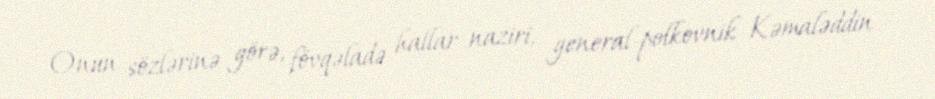
Onun sözlərinə görə, fövqəladə hallar naziri, general-polkovnik Kəmaləddin